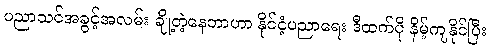
ပညာသင်အခွင့်အလမ်း ချို့တဲ့နေတာဟာ နိုင်ငံ့ပညာရေး ဒီထက်ပို နိမ့်ကျနိုင်ပြီး